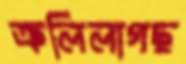
ক্রলিলাগছ